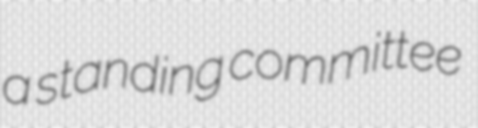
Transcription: a standing committee